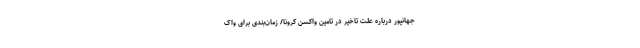
جهانپور درباره علت تاخیر در تامین واکسن کرونا/ زمان‌بندی برای واک